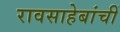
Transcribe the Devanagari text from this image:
रावसाहेबांचीं